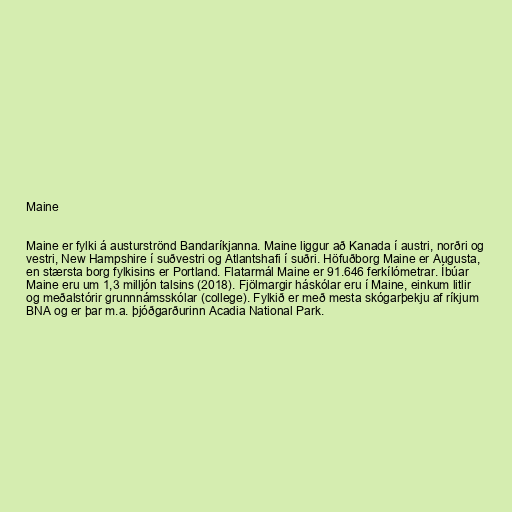
Maine

Maine er fylki á austurströnd Bandaríkjanna. Maine liggur að Kanada í austri, norðri og
vestri, New Hampshire í suðvestri og Atlantshafi í suðri. Höfuðborg Maine er Augusta,
en stærsta borg fylkisins er Portland. Flatarmál Maine er 91.646 ferkílómetrar. Íbúar
Maine eru um 1,3 milljón talsins (2018). Fjölmargir háskólar eru í Maine, einkum litlir
og meðalstórir grunnnámsskólar (college). Fylkið er með mesta skógarþekju af ríkjum
BNA og er þar m.a. þjóðgarðurinn Acadia National Park.